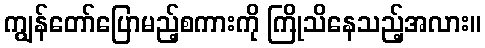
ကျွန်တော်ပြောမည့်စကားကို ကြိုသိနေသည့်အလား။